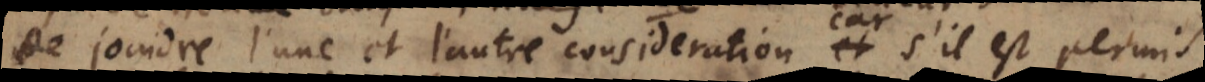
joindre l’une et l’autre consideration, car s’il est permis